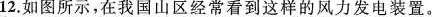
12.如图所示，在我国山区经常看到这样的风力发电装置。